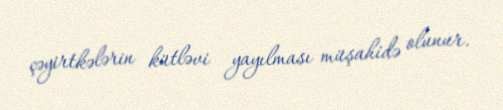
çəyirtkələrin kütləvi yayılması müşahidə olunur.